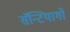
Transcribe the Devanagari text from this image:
सॅन्टियागो